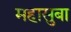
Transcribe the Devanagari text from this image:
महासुबा